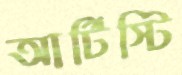
আর্টিস্টি